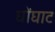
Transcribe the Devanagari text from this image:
घोंघाट